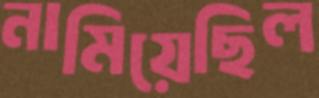
নামিয়েছিল